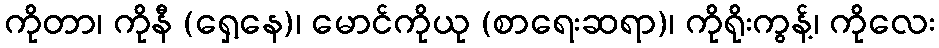
ကိုတာ၊ ကိုနီ (ရှေ့နေ)၊ မောင်ကိုယု (စာရေးဆရာ)၊ ကိုရိုးကွန့်၊ ကိုလေး